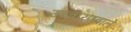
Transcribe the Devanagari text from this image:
उच्चारणवाले